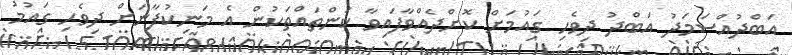
އަބްދުއްސަމަދު އަބްދު ދިވެހި ގައުމަށް ކޮށްދެއްވާފައިވާ ކަންތައްތަކުން އެ މަނިކުފާނަށް ދިވެހި ގައުމު